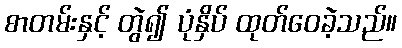
စာတမ်းနှင့် တွဲ၍ ပုံနှိပ် ထုတ်ဝေခဲ့သည်။